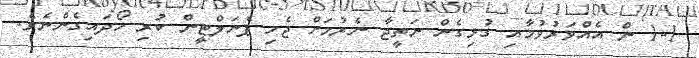
1-1 ން އެއްވަރުވުމާއި ގުޅިގެން ނަތީޖާ ނެރުމަށް ޖެހި ޕެނަލްޓީން ކުރި ހޯދައިގެންނެވެ.